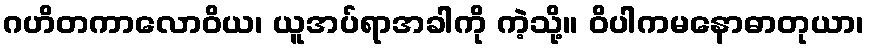
ဂဟိတကာလောဝိယ၊ ယူအပ်ရာအခါကို ကဲ့သို့။ ဝိပါကမနောဓာတုယာ၊